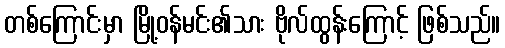
တစ်ကြောင်းမှာ မြို့ဝန်မင်း၏သား ဗိုလ်ထွန်းကြောင့် ဖြစ်သည်။